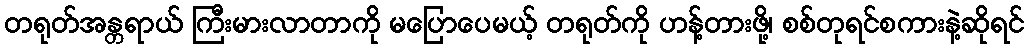
တရုတ်အန္တရာယ် ကြီးမားလာတာကို မပြောပေမယ့် တရုတ်ကို ဟန့်တားဖို့၊ စစ်တုရင်စကားနဲ့ဆိုရင်